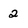
Character: 2